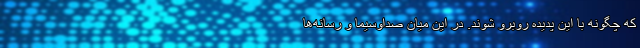
که چگونه با این پدیده روبرو شوند. در این میان صداوسیما و رسانه‌ها